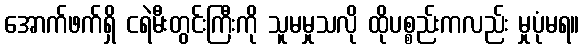
အောက်ဖက်ရှိ ငရဲမီးတွင်းကြီးကို သူမမှုသလို ထိုပစ္စည်းကလည်း မှုပုံမရ။